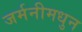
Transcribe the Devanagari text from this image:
जर्मनीमधुन